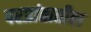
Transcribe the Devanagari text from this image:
परप्रांतातील